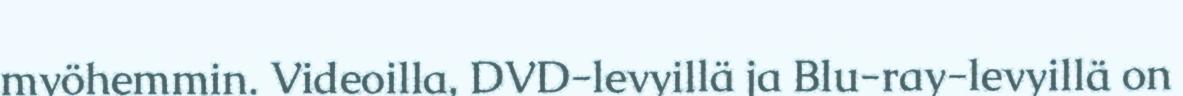
myöhemmin. Videoilla, DVD-levyillä ja Blu-ray-levyillä on